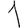
Digit: 1